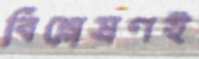
বিশ্লেষণই